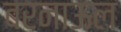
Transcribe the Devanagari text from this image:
बरनाऊल